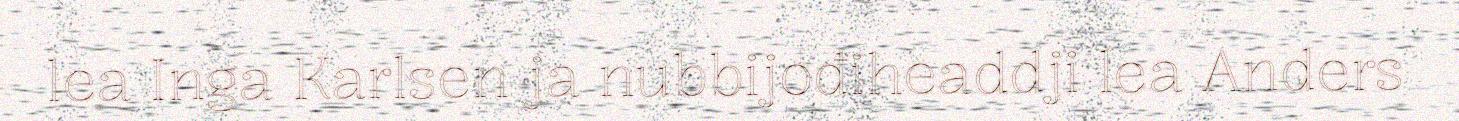
lea Inga Karlsen ja nubbijođiheaddji lea Anders